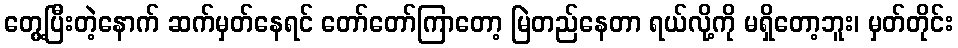
တွေ့ပြီးတဲ့နောက် ဆက်မှတ်နေရင် တော်တော်ကြာတော့ မြဲတည်နေတာ ရယ်လို့ကို မရှိတော့ဘူး၊ မှတ်တိုင်း